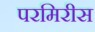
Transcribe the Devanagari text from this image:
परमिरीस